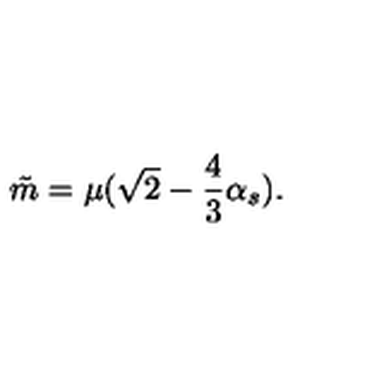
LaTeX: \tilde { m } = \mu ( \sqrt { 2 } - \frac { 4 } { 3 } \alpha _ { s } ) .